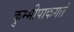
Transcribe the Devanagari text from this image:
कुम्भीपाकगतं